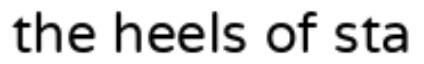
the heels of sta